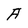
Character: A